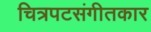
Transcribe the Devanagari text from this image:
चित्रपटसंगीतकार